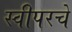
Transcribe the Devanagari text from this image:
स्वीपरचे